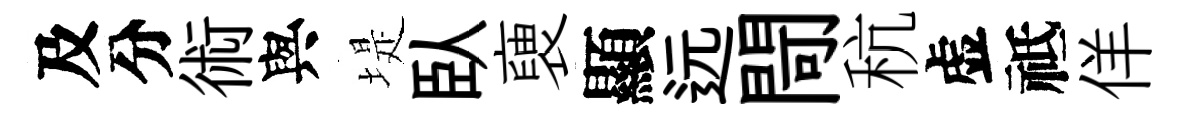
及分術與堤臥褏顯远閜秔虚祗佯